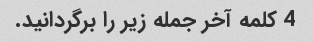
4 کلمه آخر جمله زیر را برگردانید.